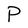
Character: P